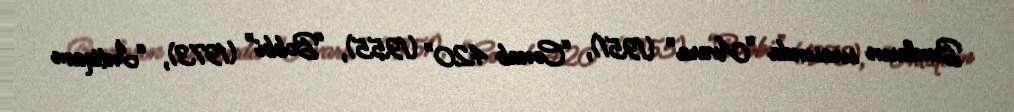
Bunların sırasında “Avara” (1951), “Cənab 420” (1955), “Bobbi” (1973), “İntiqam